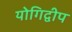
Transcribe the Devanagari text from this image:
योगिद्वीप